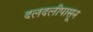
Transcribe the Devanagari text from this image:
दलदलीपासून